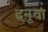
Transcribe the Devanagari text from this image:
दनूचा